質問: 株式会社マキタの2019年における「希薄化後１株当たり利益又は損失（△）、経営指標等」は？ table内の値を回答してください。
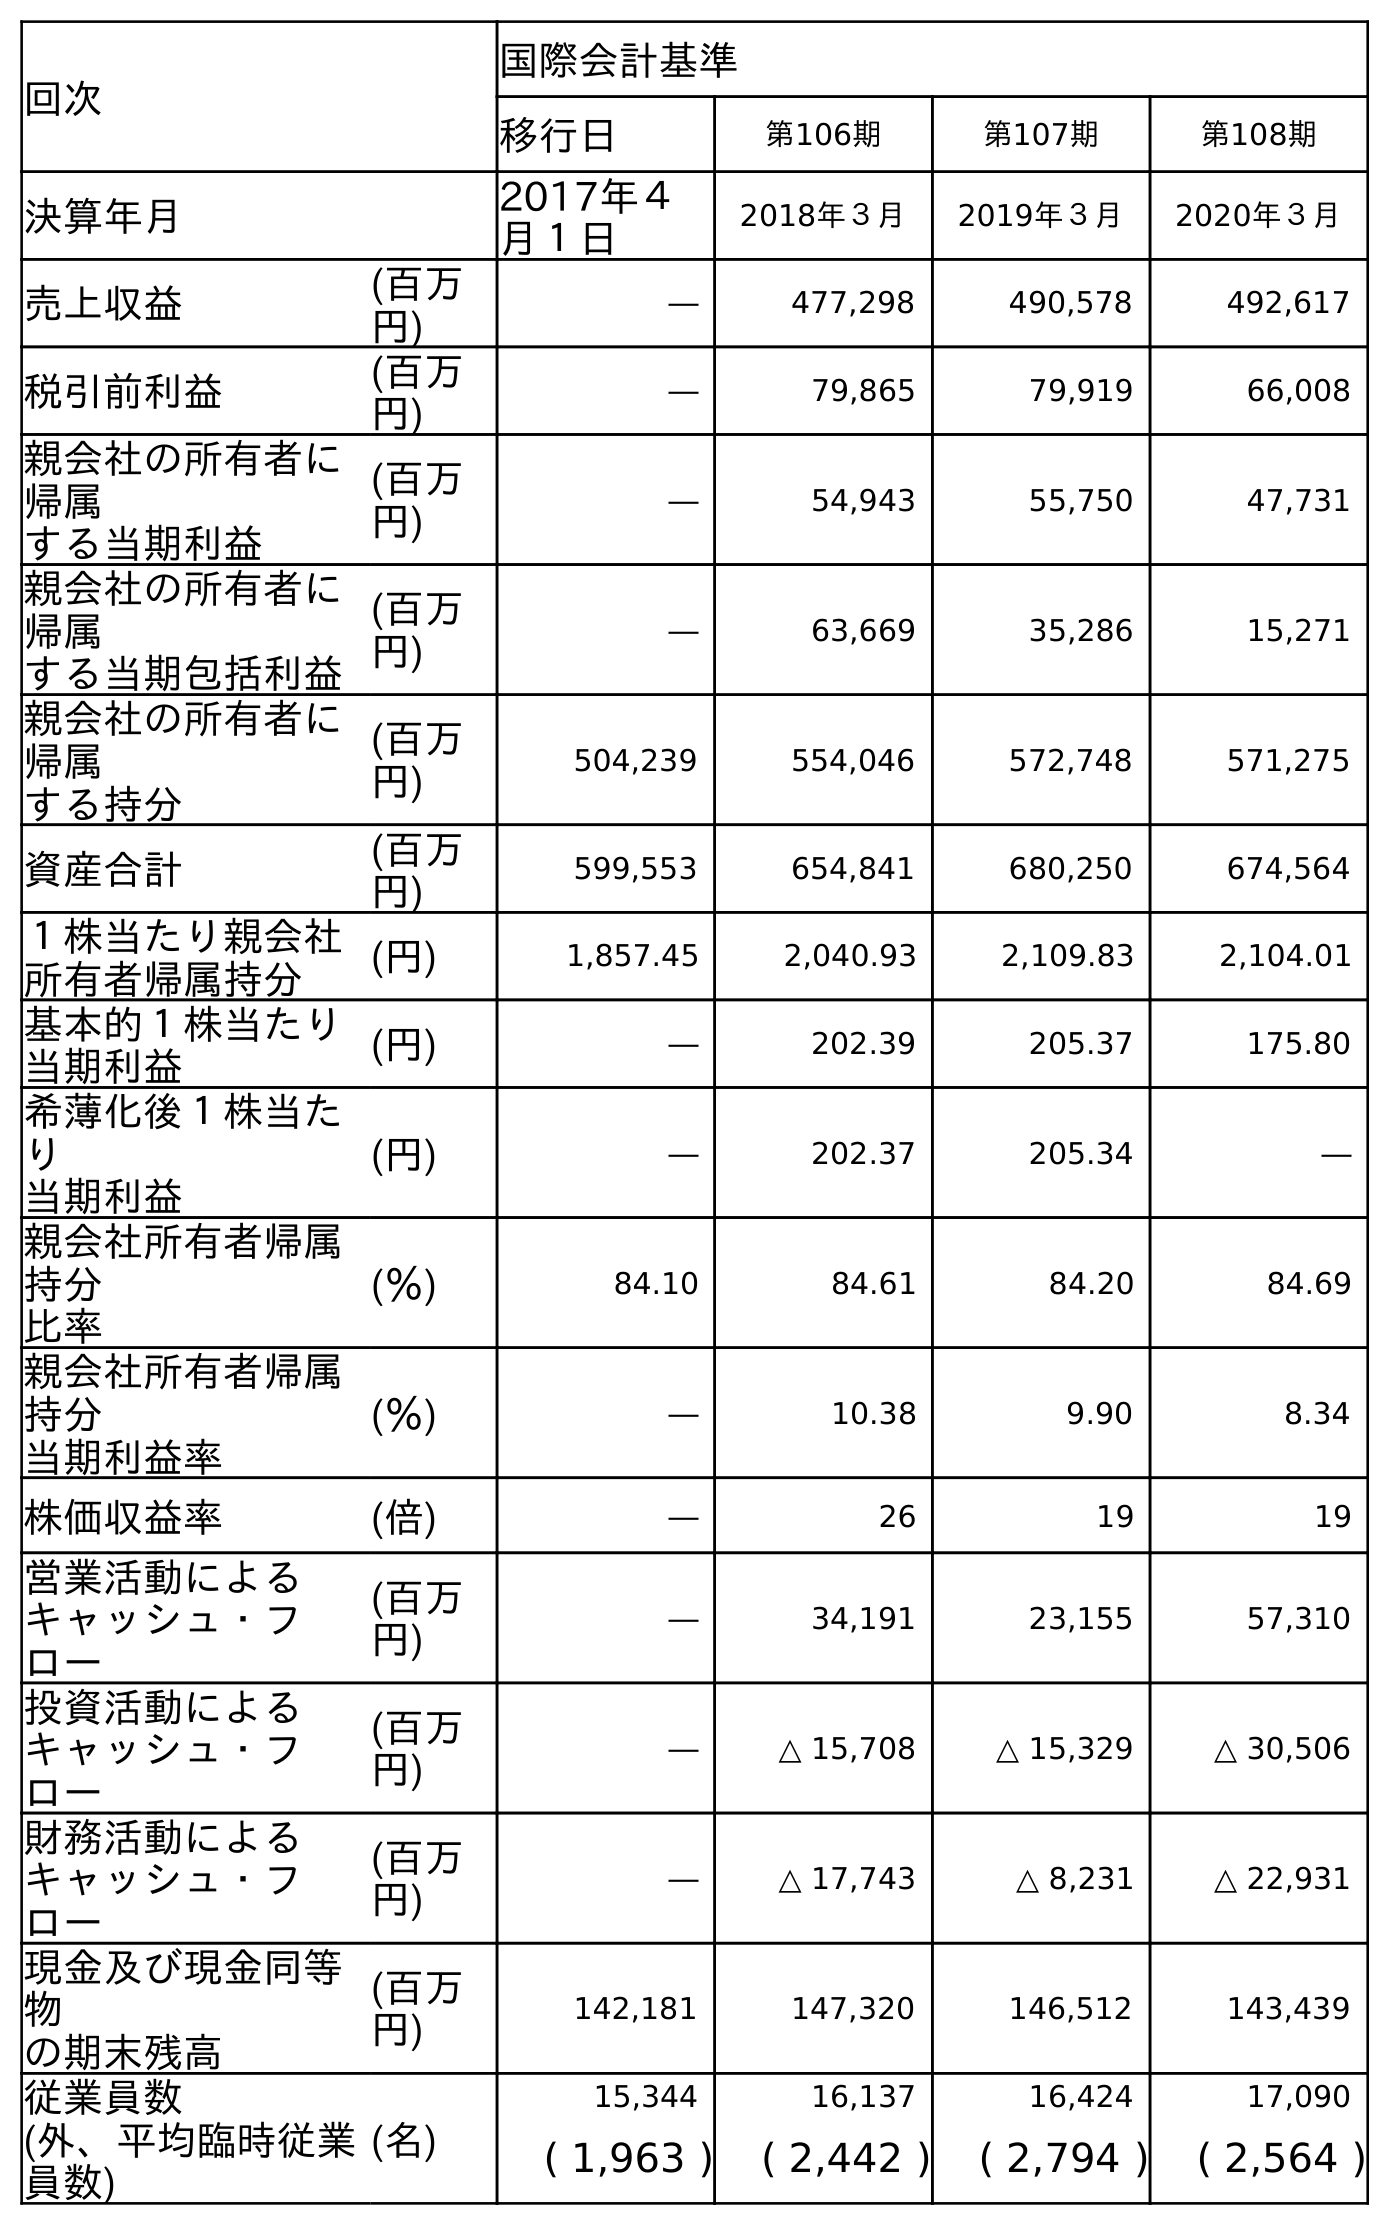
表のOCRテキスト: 回次 国際会計基準 移行日 第106期 第107期 第108期 決算年月 2017年４ 月１日 2018年３月 2019年３月 2020年３月 売上収益 (百万 円) ― 477,298 490,578 492,617 税引前利益 (百万 円) ― 79,865 79,919 66,008 親会社の所有者に 帰属 する当期利益 (百万 円) ― 54,943 55,750 47,731 親会社の所有者に 帰属 する当期包括利益 (百万 円) ― 63,669 35,286 15,271 親会社の所有者に 帰属 する持分 (百万 円) 504,239 554,046 572,748 571,275 資産合計 (百万 円) 599,553 654,841 680,250 674,564 １株当たり親会社 所有者帰属持分 (円) 1,857.45 2,040.93 2,109.83 2,104.01 基本的１株当たり 当期利益 (円) ― 202.39 205.37 175.80 希薄化後１株当た り 当期利益 (円) ― 202.37 205.34 ― 親会社所有者帰属 持分 比率 (％) 84.10 84.61 84.20 84.69 親会社所有者帰属 持分 当期利益率 (％) ― 10.38 9.90 8.34 株価収益率 (倍) ― 26 19 19 営業活動による キャッシュ・フ ロー (百万 円) ― 34,191 23,155 57,310 投資活動による キャッシュ・フ ロー (百万 円) ― △ 15,708 △ 15,329 △ 30,506 財務活動による キャッシュ・フ ロー (百万 円) ― △ 17,743 △ 8,231 △ 22,931 現金及び現金同等 物 の期末残高 (百万 円) 142,181 147,320 146,512 143,439 従業員数 (名) 15,344 16,137 16,424 17,090 (外、平均臨時従業 員数) ( 1,963 ) ( 2,442 ) ( 2,794 ) ( 2,564 )
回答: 205.34